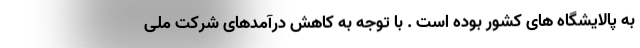
به پالایشگاه های کشور بوده است . با توجه به کاهش درآمدهای شرکت ملی